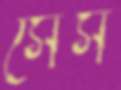
সেস